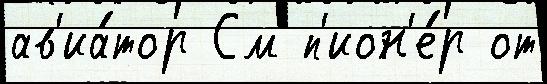
ав'иа́тор См п'ион'е́р от